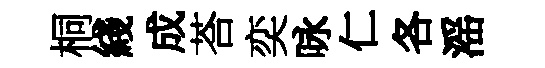
桐綫成荅奕咏仁各滛